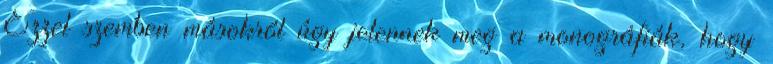
Ezzel szemben másokról úgy jelennek meg a monográfiák, hogy